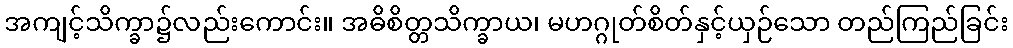
အကျင့်သိက္ခာ၌လည်းကောင်း။ အဓိစိတ္တသိက္ခာယ၊ မဟဂ္ဂုတ်စိတ်နှင့်ယှဉ်သော တည်ကြည်ခြင်း